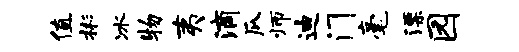
值彬冰物夷滴瓜师迪门毫漂园